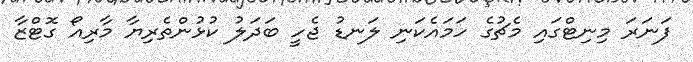
ފަނަރަ މިނިޓްގައި މެޗުގެ ހަމައެކަނި ލަނޑު ޖެހީ ބަދަލު ކުޅުންތެރިޔާ މާރިއޯ ގޮޓްޒާ